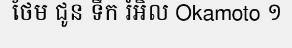
ថែម ជូន ទឹក រំអិល Okamoto ១